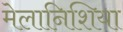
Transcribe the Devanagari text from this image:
मेलानिशिया